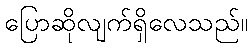
ပြောဆိုလျက်ရှိလေသည်။